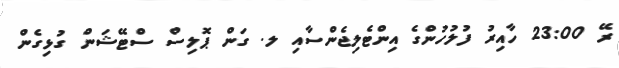
ރޭ 23:00 ހާއިރު ފުލުހުންގެ އިންޓެލިޖެންސާއި ލ. ގަން ޕޮލިސް ސްޓޭޝަން ގުޅިގެން